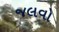
જલવો